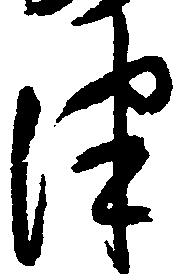
津